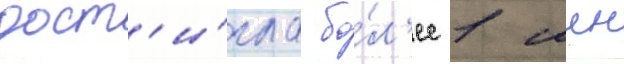
дост'и́гла бо́л'ее 1 млн